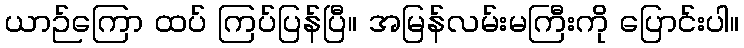
ယာဉ်ကြော ထပ် ကြပ်ပြန်ပြီ။ အမြန်လမ်းမကြီးကို ပြောင်းပါ။